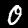
Label: 0